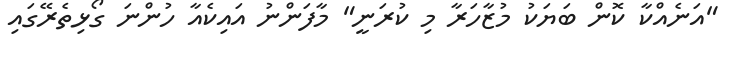
"އަނެއްކާ ކޮން ބަޔަކު މުޒާހަރާ މި ކުރަނީ" މާފަންނު އައިކެއާ ހުންނަ ގޯޅިތެރޭގައި